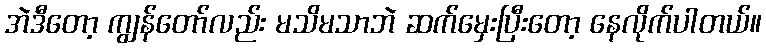
အဲဒီတော့ ကျွန်တော်လည်း မသိမသာဘဲ ဆက်မှေးပြီးတော့ နေလိုက်ပါတယ်။